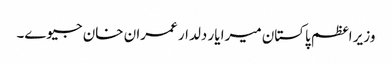
وزیر اعظم پاکستان میرا یار دلدار عمران خان جیوے۔